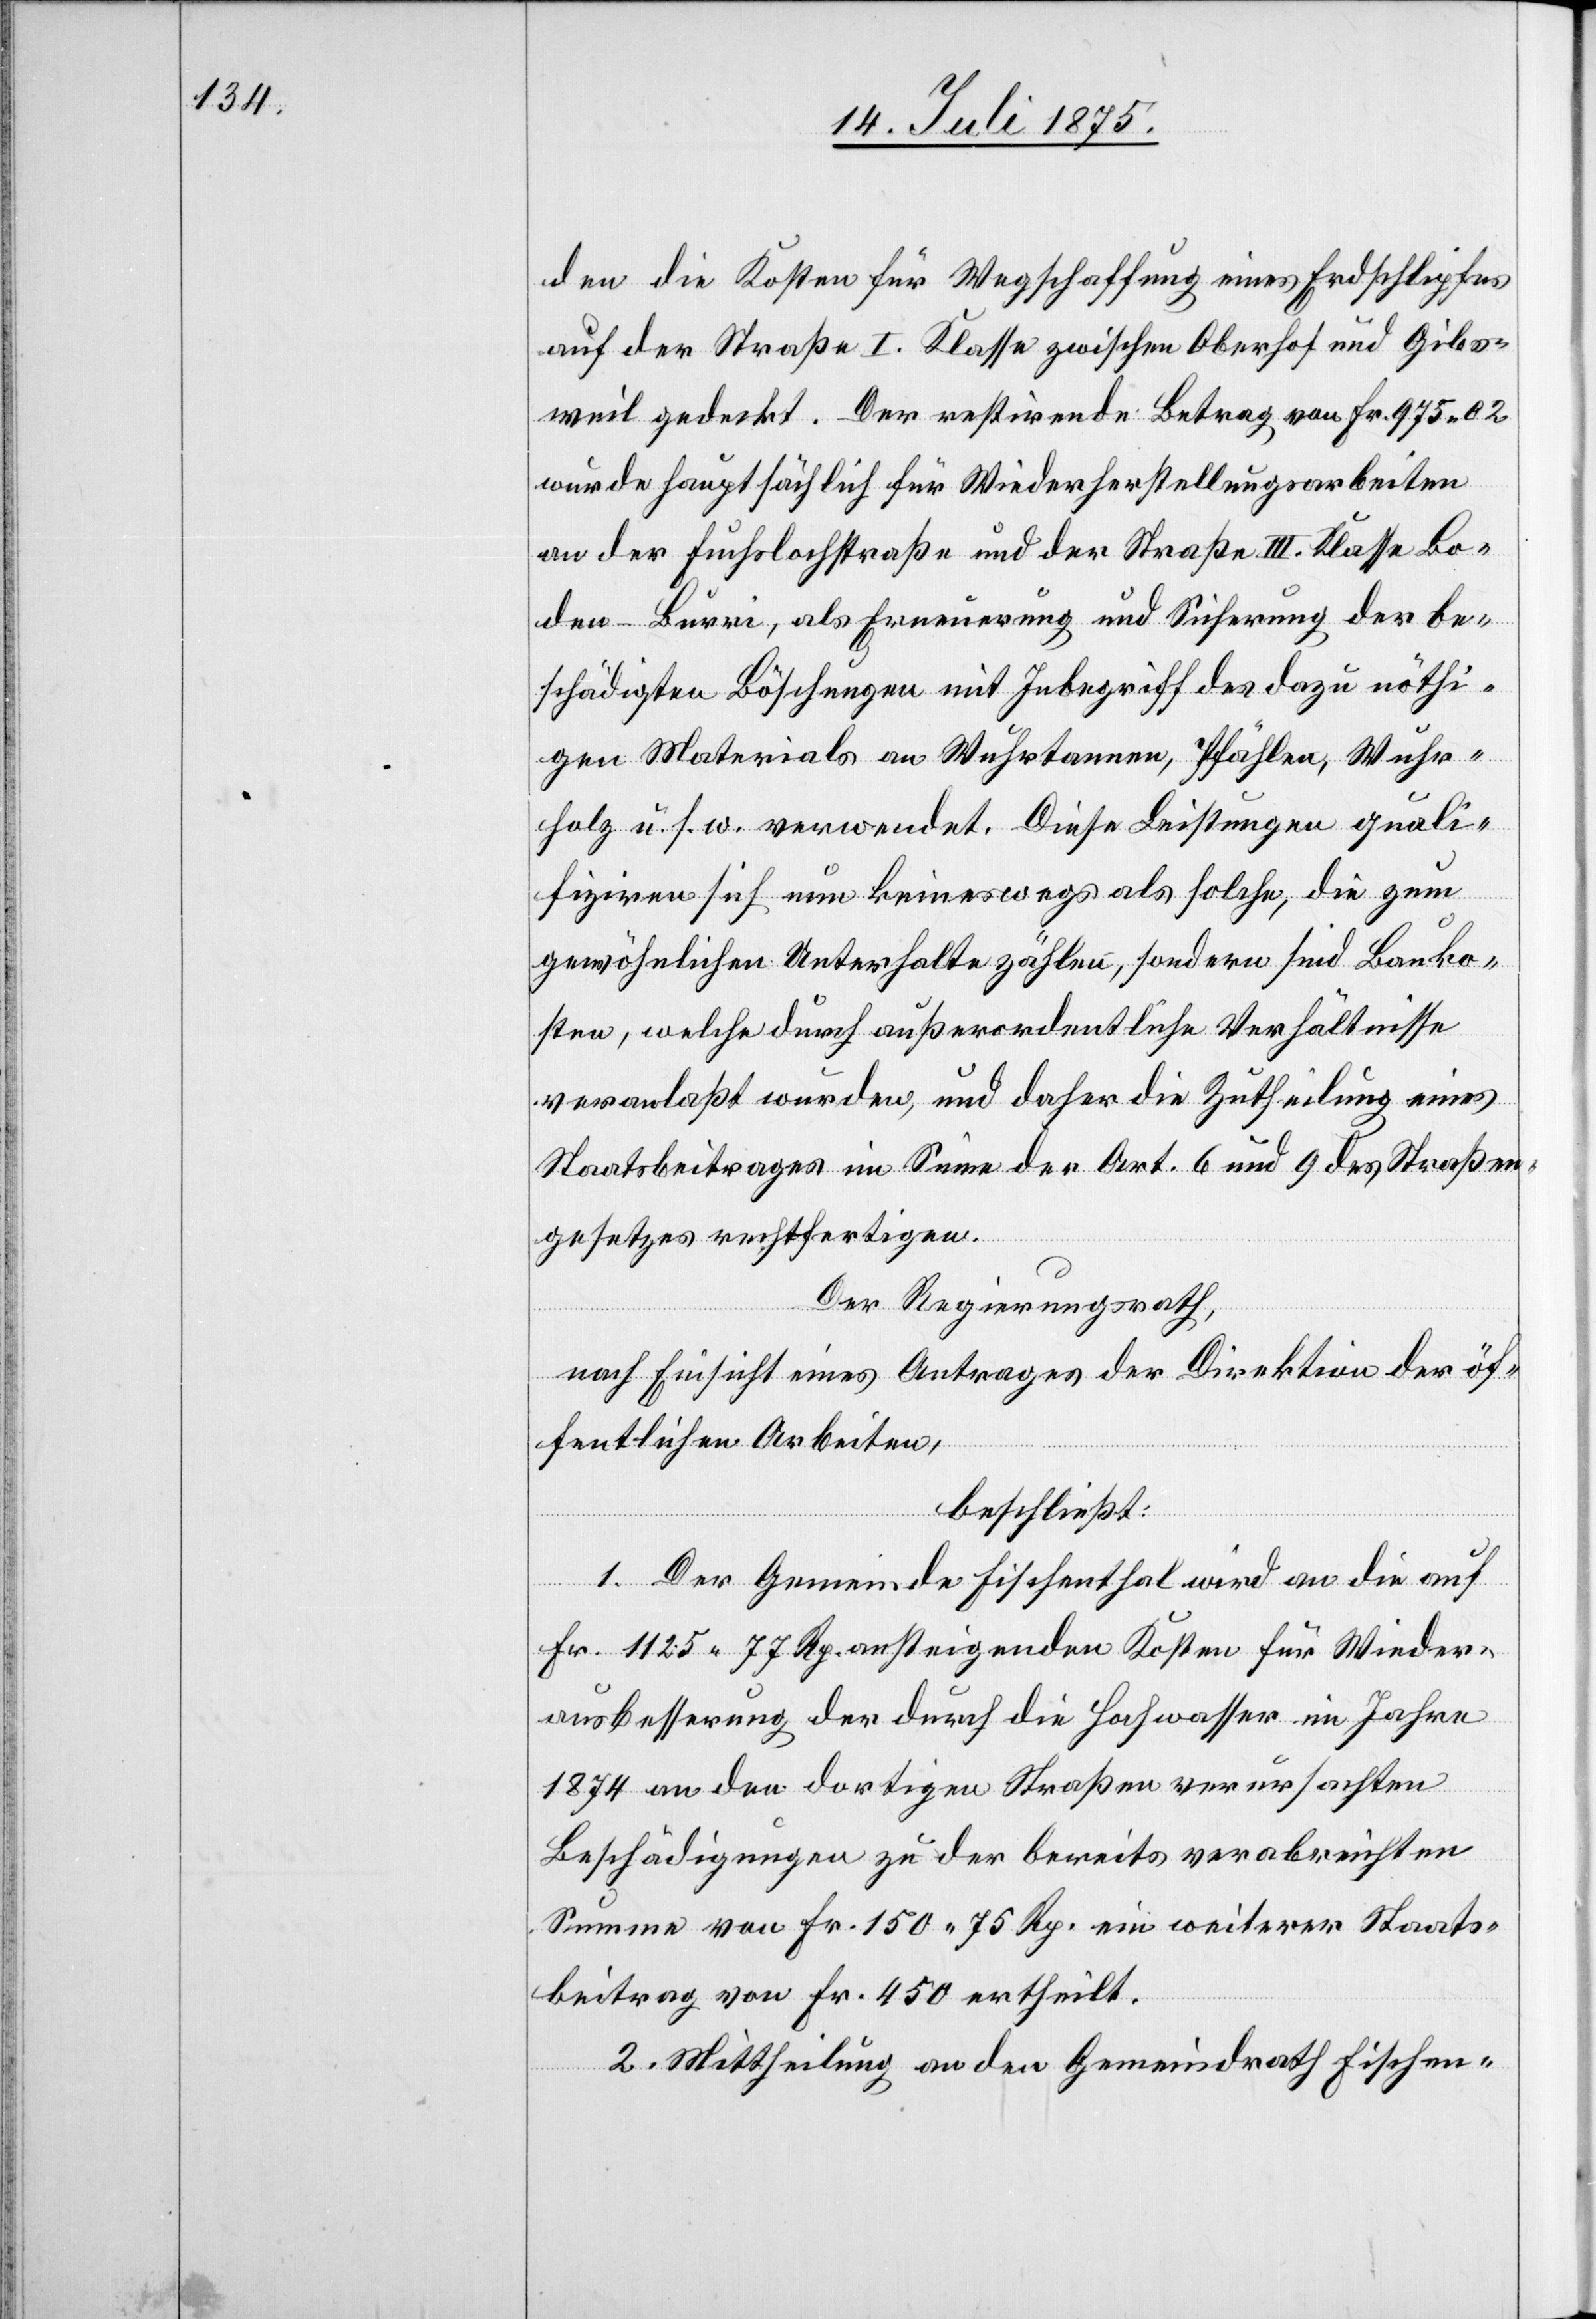
den die Kosten für Wegschaffung eines Erdschlipfes
auf der Straße I. Klasse zwischen Oberdorf und Gibs¬
weil gedeckt. Der restirende Betrag von Fr. 975 02
wurde hauptsächlich für Wiederherstellungsarbeiten
an der Fuchslochstraße und der Straße III. Klasse Bo¬
den–Burri, als Erneuerung und Sicherung der be¬
schädigten Böschungen mit Inbegriff des dazu nöthi¬
gen Materials an Wuhrtonnen, Pfählen, Wuhr¬
holz u. s. w. verwendet. Diese Leistungen quali¬
fiziren sich nun keineswegs als solche, die zum
gewöhnlichen Unterhalt zählen, sondern sind Bauko¬
sten, welche durch außerordentliche Verhältnisse
veranlaßt wurden, und daher die Zutheilung eines
Staatsbeitrages im Sinne der Art. 6 und 9 des Straßen¬
gesetzes rechtfertigen.
Der Regierungsrath,
nach Einsicht eines Antrages der Direktion der öf¬
fentlichen Arbeiten,
beschließt:
1. Der Gemeinde Fischenthal wird an die auf
Fr. 1125 77 Rp. ansteigenden Kosten für Wieder¬
ausbesserung der durch die Hochwasser im Jahre
1874 an den dortigen Straßen verursachten
Beschädigungen zu der bereits verabreichten
Summe von Fr. 150 75 Rp. ein weiterer Staats¬
beitrag von Fr. 450 ertheilt.
2. Mittheilung an den Gemeindrath Fischen-